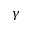
\gamma